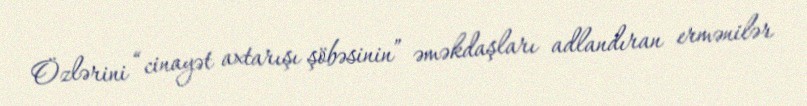
Özlərini “cinayət axtarışı şöbəsinin” əməkdaşları adlandıran ermənilər